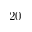
2 0